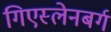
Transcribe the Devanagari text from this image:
गिएस्लेनबर्ग